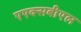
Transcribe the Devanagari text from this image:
एएक्सबीएल